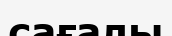
сағалы